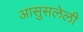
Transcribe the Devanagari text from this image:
आसुसलेली